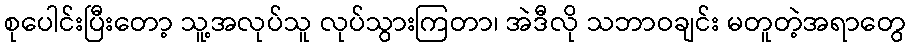
စုပေါင်းပြီးတော့ သူ့အလုပ်သူ လုပ်သွားကြတာ၊ အဲဒီလို သဘာဝချင်း မတူတဲ့အရာတွေ